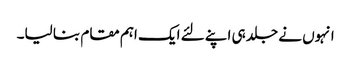
انہوں نے جلد ہی اپنے لئے ایک اہم مقام بنا لیا۔